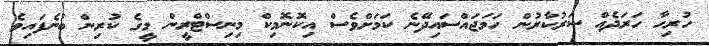
ހުރިހާ ހަރަދެއް ސަރުކާރުން ހަމަޖައްސައިދޭނެ ކަމަށްވެސް އިކޮނޮމިކް މިނިސްޓްރީން މީގެ ކުރިން ބުނެފައިވެ